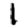
Digit: 1